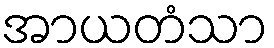
အာယတံသာ